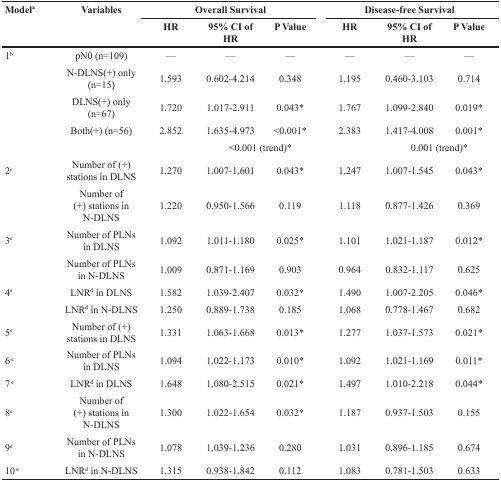
<table><thead><tr><td rowspan="2"><b>Model<sup>a</sup></b></td><td rowspan="2"><b>Variables</b></td><td colspan="3"><b>Overall Survival</b></td><td colspan="3"><b>Disease-free Survival</b></td></tr><tr><td><b>HR</b></td><td><b>95% CI of HR</b></td><td><b>P Value</b></td><td><b>HR</b></td><td><b>95% CI of HR</b></td><td><b>P Value</b></td></tr></thead><tbody><tr><td>1<sup>b</sup></td><td>pN0 (n=109)</td><td>—</td><td>—</td><td>—</td><td>—</td><td>—</td><td>—</td></tr><tr><td></td><td>N-DLNS(+) only (n=15)</td><td>1.593</td><td>0.602-4.214</td><td>0.348</td><td>1.195</td><td>0.460-3.103</td><td>0.714</td></tr><tr><td></td><td>DLNS(+) only (n=67)</td><td>1.720</td><td>1.017-2.911</td><td>0.043*</td><td>1.767</td><td>1.099-2.840</td><td>0.019*</td></tr><tr><td></td><td>Both(+) (n=56)</td><td>2.852</td><td>1.635-4.973</td><td>&lt;0.001*</td><td>2.383</td><td>1.417-4.008</td><td>0.001*</td></tr><tr><td></td><td></td><td></td><td colspan="2">&lt;0.001 (trend)*</td><td></td><td colspan="2">0.001 (trend)*</td></tr><tr><td>2<sup>c</sup></td><td>Number of (+) stations in DLNS</td><td>1.270</td><td>1.007-1.601</td><td>0.043*</td><td>1.247</td><td>1.007-1.545</td><td>0.043*</td></tr><tr><td></td><td>Number of (+) stations in N-DLNS</td><td>1.220</td><td>0.950-1.566</td><td>0.119</td><td>1.118</td><td>0.877-1.426</td><td>0.369</td></tr><tr><td>3<sup>c</sup></td><td>Number of PLNs in DLNS</td><td>1.092</td><td>1.011-1.180</td><td>0.025*</td><td>1.101</td><td>1.021-1.187</td><td>0.012*</td></tr><tr><td></td><td>Number of PLNs in N-DLNS</td><td>1.009</td><td>0.871-1.169</td><td>0.903</td><td>0.964</td><td>0.832-1.117</td><td>0.625</td></tr><tr><td>4<sup>c</sup></td><td>LNR<sup>d</sup> in DLNS</td><td>1.582</td><td>1.039-2.407</td><td>0.032*</td><td>1.490</td><td>1.007-2.205</td><td>0.046*</td></tr><tr><td></td><td>LNR<sup>d</sup> in N-DLNS</td><td>1.250</td><td>0.889-1.738</td><td>0.185</td><td>1.068</td><td>0.778-1.467</td><td>0.682</td></tr><tr><td>5<sup>c</sup></td><td>Number of (+) stations in DLNS</td><td>1.331</td><td>1.063-1.668</td><td>0.013*</td><td>1.277</td><td>1.037-1.573</td><td>0.021*</td></tr><tr><td>6<sup>c</sup></td><td>Number of PLNs in DLNS</td><td>1.094</td><td>1.022-1.173</td><td>0.010*</td><td>1.092</td><td>1.021-1.169</td><td>0.011*</td></tr><tr><td>7<sup>c</sup></td><td>LNR<sup>d</sup> in DLNS</td><td>1.648</td><td>1.080-2.515</td><td>0.021*</td><td>1.497</td><td>1.010-2.218</td><td>0.044*</td></tr><tr><td>8<sup>c</sup></td><td>Number of (+) stations in N-DLNS</td><td>1.300</td><td>1.022-1.654</td><td>0.032*</td><td>1.187</td><td>0.937-1.503</td><td>0.155</td></tr><tr><td>9<sup>c</sup></td><td>Number of PLNs in N-DLNS</td><td>1.078</td><td>1.039-1.236</td><td>0.280</td><td>1.031</td><td>0.896-1.185</td><td>0.674</td></tr><tr><td>10<sup>c</sup></td><td>LNR<sup>d</sup> in N-DLNS</td><td>1.315</td><td>0.938-1.842</td><td>0.112</td><td>1.083</td><td>0.781-1.503</td><td>0.633</td></tr></tbody></table>